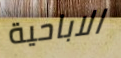
الاباحية